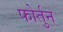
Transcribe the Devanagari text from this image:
फोर्तुन